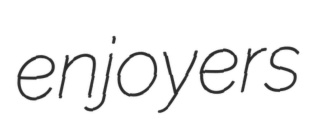
enjoyers